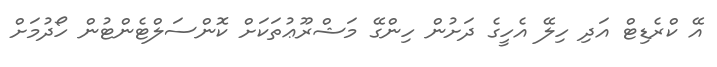
އޭ ކްރެޑިޓް އަދި ހިލޭ އެހީގެ ދަށުން ހިންގޭ މަޝްރޫޢުތަކަށް ކޮންސަލްޓެންޓުން ހޯދުމަށް